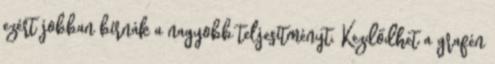
ezért jobban bírnák a nagyobb teljesítményt. Kezdődhet a grafén